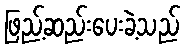
ဖြည့်ဆည်းပေးခဲ့သည်